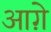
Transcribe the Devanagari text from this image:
आग़े